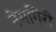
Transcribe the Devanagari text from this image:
नेमगिरी